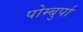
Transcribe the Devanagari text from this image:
पोम्बुर्पा